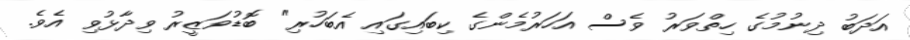
އަދަބު ދިނުމުގެ ހިތްވަރު ވެސް އަހަރުމެންގެ ކިބައިގައި އެބަހުރި" ބޮޑުވަޒީރު ވިދާޅުވި އެވެ.